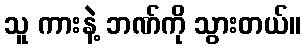
သူ ကားနဲ့ ဘဏ်ကို သွားတယ်။